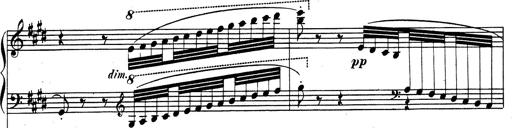
Title: Rhapsodie espagnole
Composer: Franz Liszt